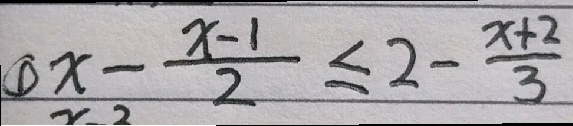
\textcircled { 1 } x - \frac { x - 1 } { 2 } \leq 2 - \frac { x + 2 } { 3 }